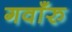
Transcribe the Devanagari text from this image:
गवाँरु